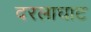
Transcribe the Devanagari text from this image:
दरलाघाट